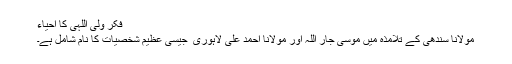
فکر ولی اللہی کا احیاء
مولانا سندھی کے تلامذہ میں موسیٰ جار اللہ اور مولانا احمد علی لاہوری ؒ جیسی عظیم شخصیات کا نام شامل ہے۔